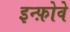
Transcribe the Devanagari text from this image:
इन्फ़ोवे